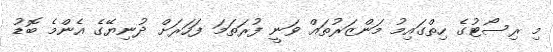
މި ރިސޯޓުގެ ހިތްގައިމު މަންޒަރުތައް ވަނީ ފުރަތަމަ ފަހަރަށް ދުނިޔޭގެ އެންމެ ބޮޑު